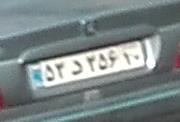
۵۳د۳۵۶۱۰